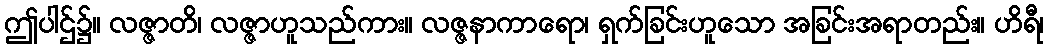
ဤပါဌ်၌။ လဇ္ဇာတိ၊ လဇ္ဇာဟူသည်ကား။ လဇ္ဇနာကာရော၊ ရှက်ခြင်းဟူသော အခြင်းအရာတည်း။ ဟိရီ၊